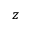
z